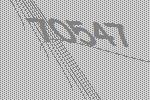
70547